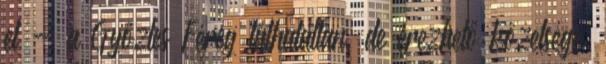
el - a Győztes Féreg láthatatlan, de érezhető közelsége;